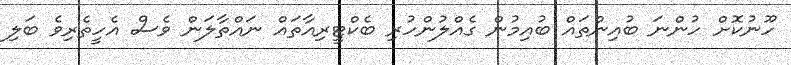
ހޫނުކޮށް ހުންނަ ބުއިންތައް ބުއިމުން ގެއްލުންހުރި ބެކްޓީރިއާތައް ނައްތާލަން ވެސް އެހީތެރިވެ ބަލި